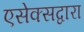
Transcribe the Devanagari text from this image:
एसेक्सद्वारा